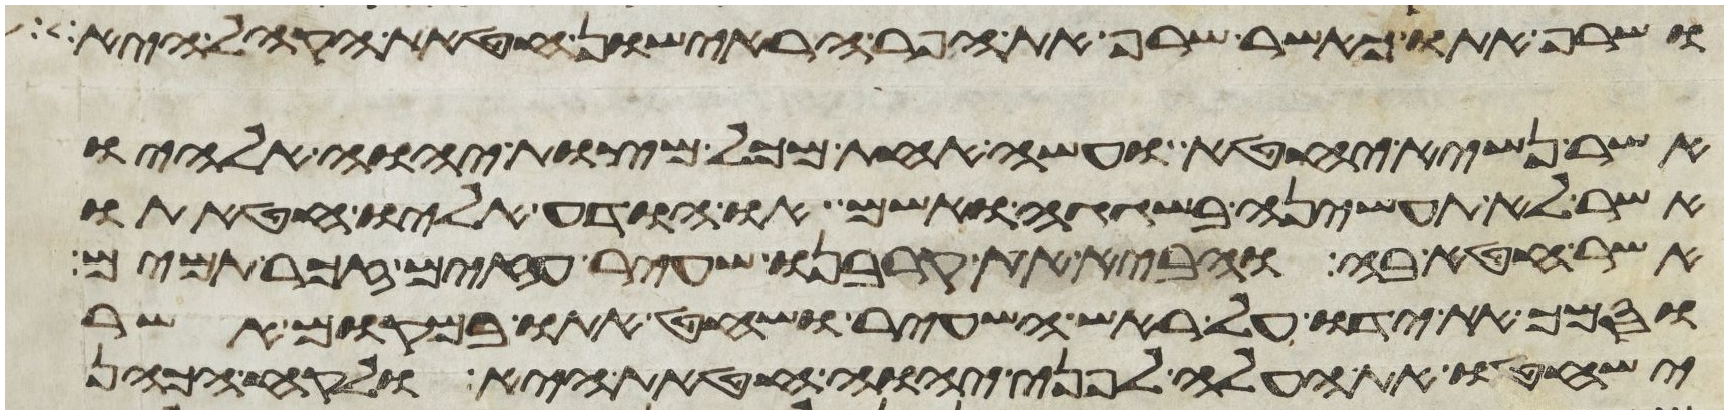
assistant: ושרף אתו כאשר שרף את הפר הראישון חטאת הקהל היא
אשר נשיא יחטא ועשה אחת מכל מצות יהוה אלהיו
אשר לא תעשיהן בשגגה ואשם או הודע אליו חטאתו
אשר חטא בה והביא את קרבנו שעיר עזים זכר תמים
וסמך את ידו על ראש השעיר ושחט אתו במקום אשר
ישחטו את העלה לפני יהוה חטאת היא ולקח הכהן